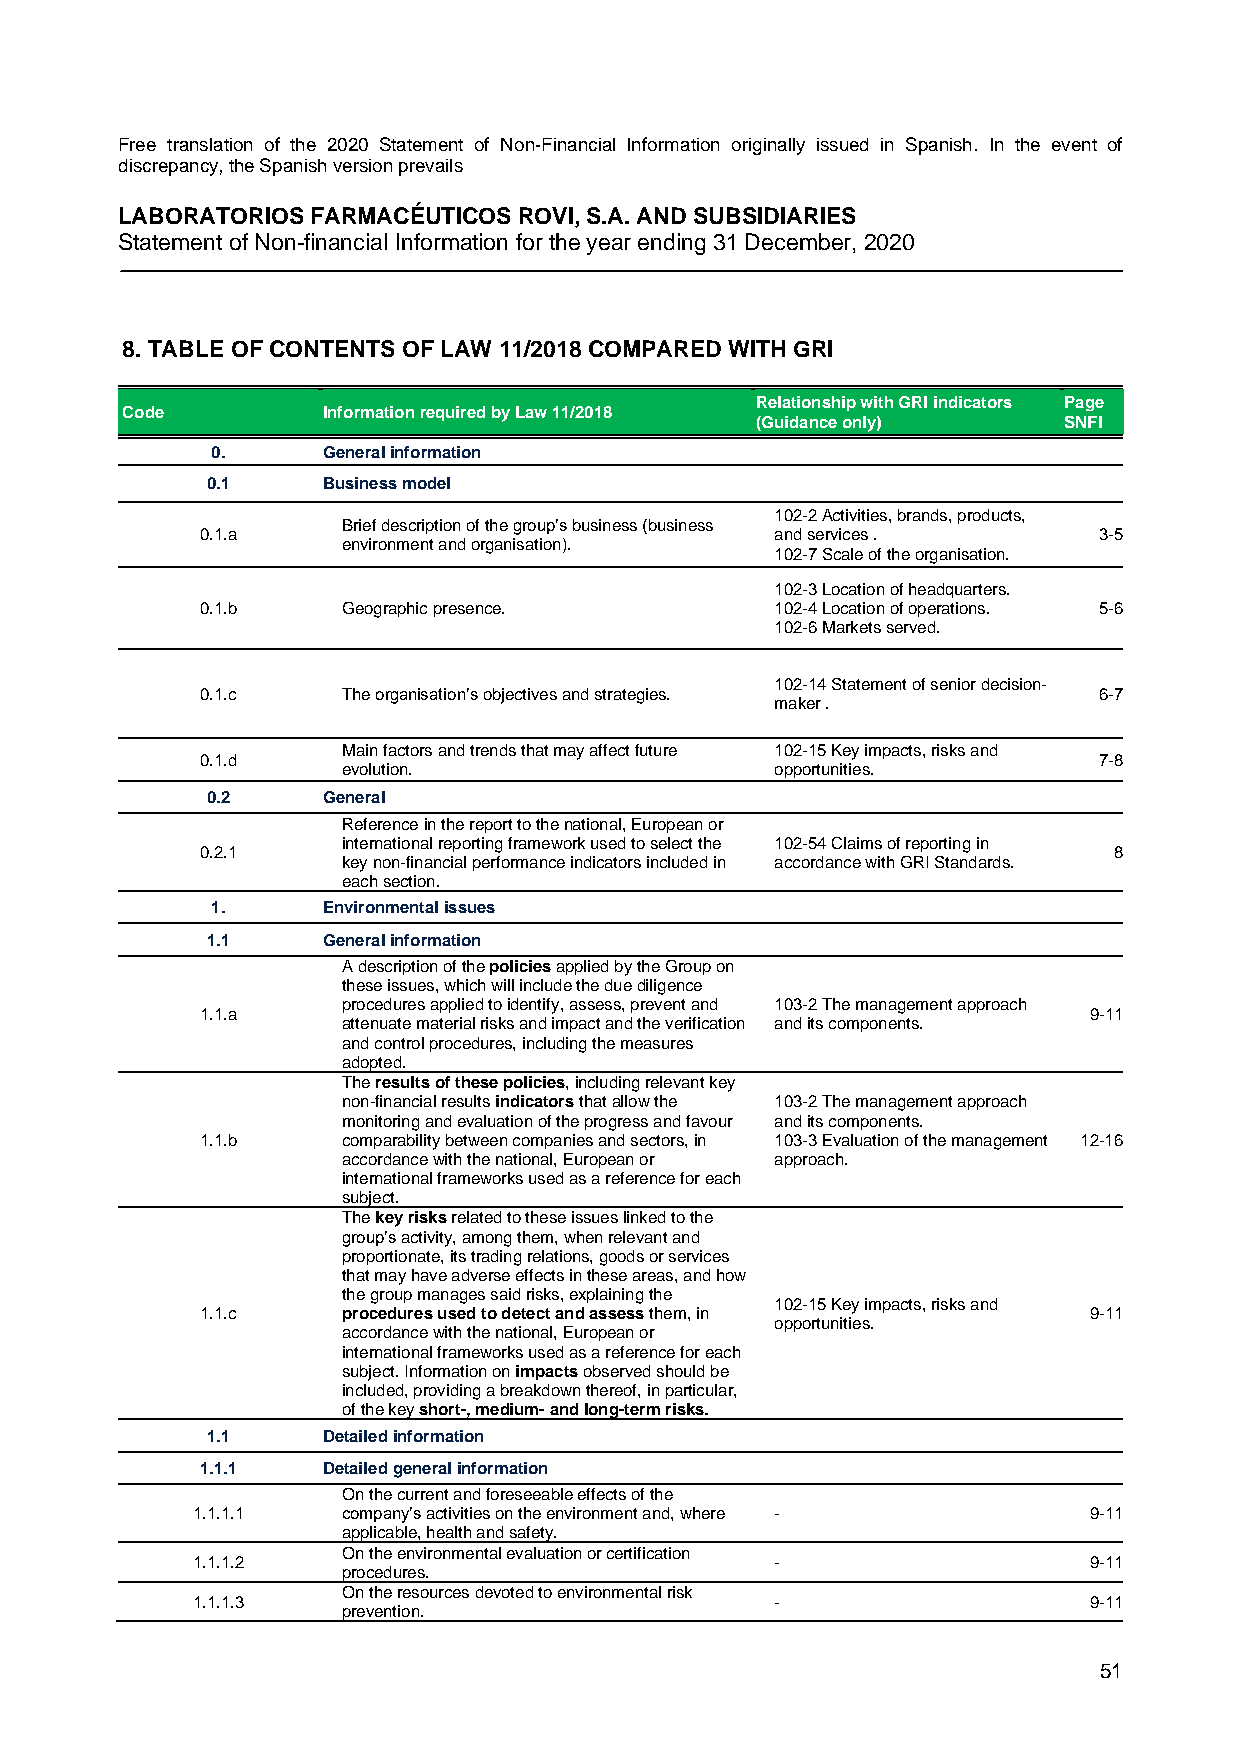
Free translation of the 2020 Statement of Non-Financial Information originally issued in Spanish. In the event of
 discrepancy, the Spanish version prevails
 LABORATORIOS FARMACÉUTICOS ROVI, S.A. AND SUBSIDIARIES
 Statement of Non-financial Information for the year ending 31 December, 2020
 8. TABLE OF CONTENTS OF LAW 11/2018 COMPARED WITH GRI
 Relationship with GRI indicators Page
 Code         Information required by Law 11/2018
 (Guidance only)     SNFI
 0.     General information
 0.1    Business model
 102-2 Activities, brands, products,
 Brief description of the group’s business (business
 0.1.a                                 and services .        3-5
 environment and organisation).
 102-7 Scale of the organisation.
 102-3 Location of headquarters.
 0.1.b     Geographic presence.        102-4 Location of operations. 5-6
 102-6 Markets served.
 102-14 Statement of senior decision-
 0.1.c     The organisation’s objectives and strategies.     6-7
 maker .
 Main factors and trends that may affect future 102-15 Key impacts, risks and
 0.1.d                                                       7-8
 evolution.                  opportunities.
 0.2    General
 Reference in the report to the national, European or
 international reporting framework used to select the 102-54 Claims of reporting in
 0.2.1                                                        8
 key non-financial performance indicators included in accordance with GRI Standards.
 each section.
 1.     Environmental issues
 1.1    General information
 A description of the policies applied by the Group on
 these issues, which will include the due diligence
 procedures applied to identify, assess, prevent and 103-2 The management approach
 1.1.a                                                      9-11
 attenuate material risks and impact and the verification and its components.
 and control procedures, including the measures
 adopted.
 The results of these policies, including relevant key
 non-financial results indicators that allow the 103-2 The management approach
 monitoring and evaluation of the progress and favour and its components.
 1.1.b     comparability between companies and sectors, in 103-3 Evaluation of the management 12-16
 accordance with the national, European or approach.
 international frameworks used as a reference for each
 subject.
 The key risks related to these issues linked to the
 group’s activity, among them, when relevant and
 proportionate, its trading relations, goods or services
 that may have adverse effects in these areas, and how
 the group manages said risks, explaining the
 102-15 Key impacts, risks and
 1.1.c     procedures used to detect and assess them, in    9-11
 opportunities.
 accordance with the national, European or
 international frameworks used as a reference for each
 subject. Information on impacts observed should be
 included, providing a breakdown thereof, in particular,
 of the key short-, medium- and long-term risks.
 1.1    Detailed information
 1.1.1   Detailed general information
 On the current and foreseeable effects of the
 1.1.1.1   company’s activities on the environment and, where - 9-11
 applicable, health and safety.
 On the environmental evaluation or certification
 1.1.1.2                               -                    9-11
 procedures.
 On the resources devoted to environmental risk
 1.1.1.3                               -                    9-11
 prevention.
 51